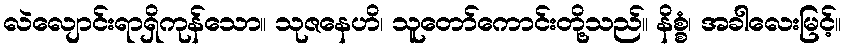
လဲလျောင်းရာရှိကုန်သော။ သုဇနေဟိ၊ သူတော်ကောင်းတို့သည်။ နိစ္စံ၊ အခါလေးမြင့်။